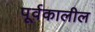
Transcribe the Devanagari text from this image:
पूर्वकालील